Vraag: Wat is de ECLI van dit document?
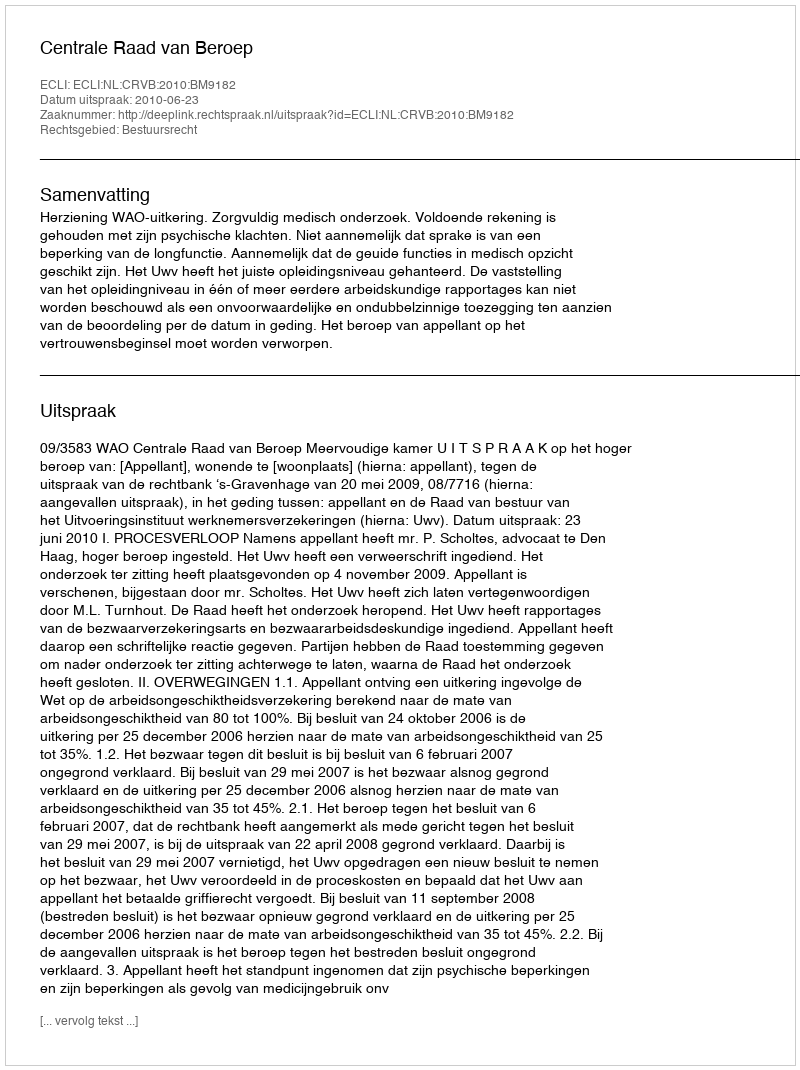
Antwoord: ECLI:NL:CRVB:2010:BM9182